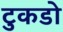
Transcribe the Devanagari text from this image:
टुकडो़